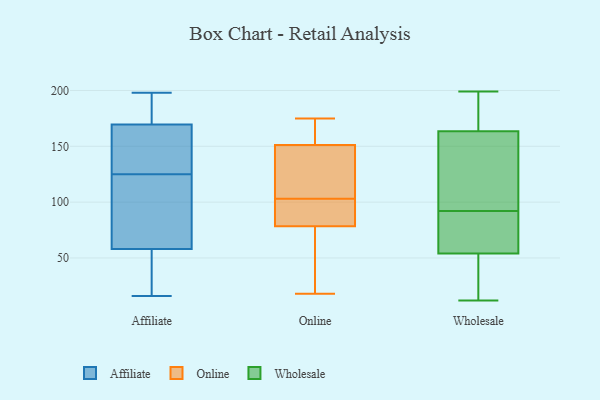
{"axis": {"x": "Bounce Rate (%)", "y": "Value"}, "legend": ["Affiliate", "Online", "Wholesale"], "data": [{"x": "", "y": 183, "type": "Affiliate"}, {"x": "", "y": 93, "type": "Affiliate"}, {"x": "", "y": 198, "type": "Affiliate"}, {"x": "", "y": 176, "type": "Affiliate"}, {"x": "", "y": 64, "type": "Affiliate"}, {"x": "", "y": 176, "type": "Affiliate"}, {"x": "", "y": 110, "type": "Affiliate"}, {"x": "", "y": 149, "type": "Affiliate"}, {"x": "", "y": 16, "type": "Affiliate"}, {"x": "", "y": 156, "type": "Affiliate"}, {"x": "", "y": 52, "type": "Affiliate"}, {"x": "", "y": 196, "type": "Affiliate"}, {"x": "", "y": 49, "type": "Affiliate"}, {"x": "", "y": 25, "type": "Affiliate"}, {"x": "", "y": 24, "type": "Affiliate"}, {"x": "", "y": 140, "type": "Affiliate"}, {"x": "", "y": 141, "type": "Affiliate"}, {"x": "", "y": 104, "type": "Affiliate"}, {"x": "", "y": 67, "type": "Affiliate"}, {"x": "", "y": 163, "type": "Affiliate"}, {"x": "", "y": 22, "type": "Online"}, {"x": "", "y": 175, "type": "Online"}, {"x": "", "y": 18, "type": "Online"}, {"x": "", "y": 94, "type": "Online"}, {"x": "", "y": 172, "type": "Online"}, {"x": "", "y": 149, "type": "Online"}, {"x": "", "y": 158, "type": "Online"}, {"x": "", "y": 123, "type": "Online"}, {"x": "", "y": 99, "type": "Online"}, {"x": "", "y": 90, "type": "Online"}, {"x": "", "y": 103, "type": "Online"}, {"x": "", "y": 130, "type": "Online"}, {"x": "", "y": 44, "type": "Online"}, {"x": "", "y": 155, "type": "Wholesale"}, {"x": "", "y": 51, "type": "Wholesale"}, {"x": "", "y": 78, "type": "Wholesale"}, {"x": "", "y": 199, "type": "Wholesale"}, {"x": "", "y": 55, "type": "Wholesale"}, {"x": "", "y": 92, "type": "Wholesale"}, {"x": "", "y": 61, "type": "Wholesale"}, {"x": "", "y": 196, "type": "Wholesale"}, {"x": "", "y": 37, "type": "Wholesale"}, {"x": "", "y": 163, "type": "Wholesale"}, {"x": "", "y": 101, "type": "Wholesale"}, {"x": "", "y": 165, "type": "Wholesale"}, {"x": "", "y": 51, "type": "Wholesale"}, {"x": "", "y": 149, "type": "Wholesale"}, {"x": "", "y": 12, "type": "Wholesale"}, {"x": "", "y": 197, "type": "Wholesale"}, {"x": "", "y": 62, "type": "Wholesale"}]}